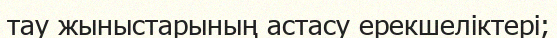
тау жыныстарының астасу ерекшеліктері;